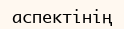
аспектінің